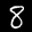
Label: 8